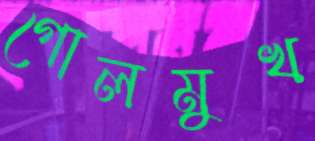
গোলমুখ